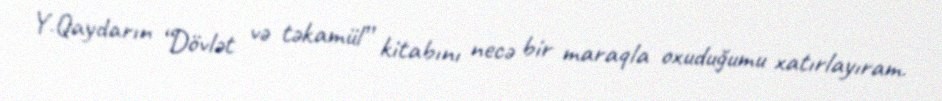
Y.Qaydarın “Dövlət və təkamül” kitabını necə bir maraqla oxuduğumu xatırlayıram.